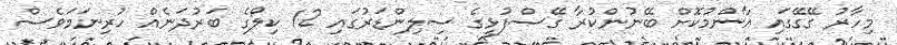
މިހާރު ގޭގޭގައި އާންމުކޮށް ބޭނުންކުރާ ގޭސްފުޅީގެ ސިލިންޑަރުގައި 12 ކިލޯގެ ބަރުދަނެއް ހުރިނަމަވެސް